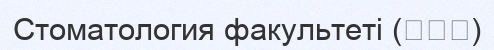
Стоматология факультеті (歯学部)